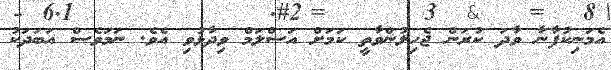
އެމަނިކުފާނާ ވާދަ ކުރަން ޖެހިލުންވާތީ ކަމަށް އަސްލަމް ވިދާޅުވި އެވެ. ނަމަވެސް އަބަދަކު